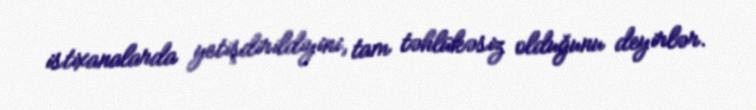
istixanalarda yetişdirildiyini, tam təhlükəsiz olduğunu deyirlər.